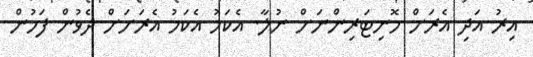
އިރު އަދި އެރަށް މޮނިޓަރިންނަށް ނުލާ. އެކަމު އެކަމު އެރަށަށް ދެވުން ފަހުން